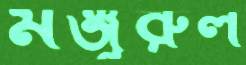
মঞ্জুরুল